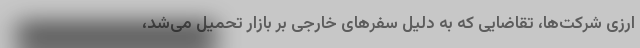
ارزی شرکت‌ها، تقاضایی که به دلیل سفرهای خارجی بر بازار تحمیل می‌شد،